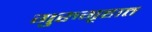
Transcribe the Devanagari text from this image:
गुरुगृहात